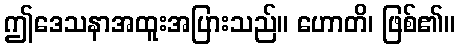
ဤဒေသနာအထူးအပြားသည်။ ဟောတိ၊ ဖြစ်၏။